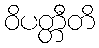
ဝိပတ္တီတိ